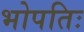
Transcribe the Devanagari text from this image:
भोपतिः